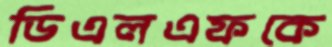
ডিএলএফকে